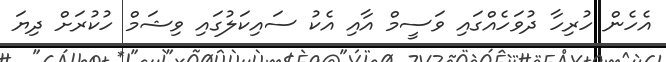
އެހެން ހުރިހާ ދުވަހެއްގައި ވަސީމް އާއި އެކު ސައިކަލުގައި ވިޝަމް ހުކުރަށް ދިޔަ